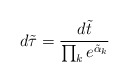
\begin{align*}d\tilde\tau = {d\tilde{t} \over \prod_k e^{\tilde\alpha_k}}\end{align*}